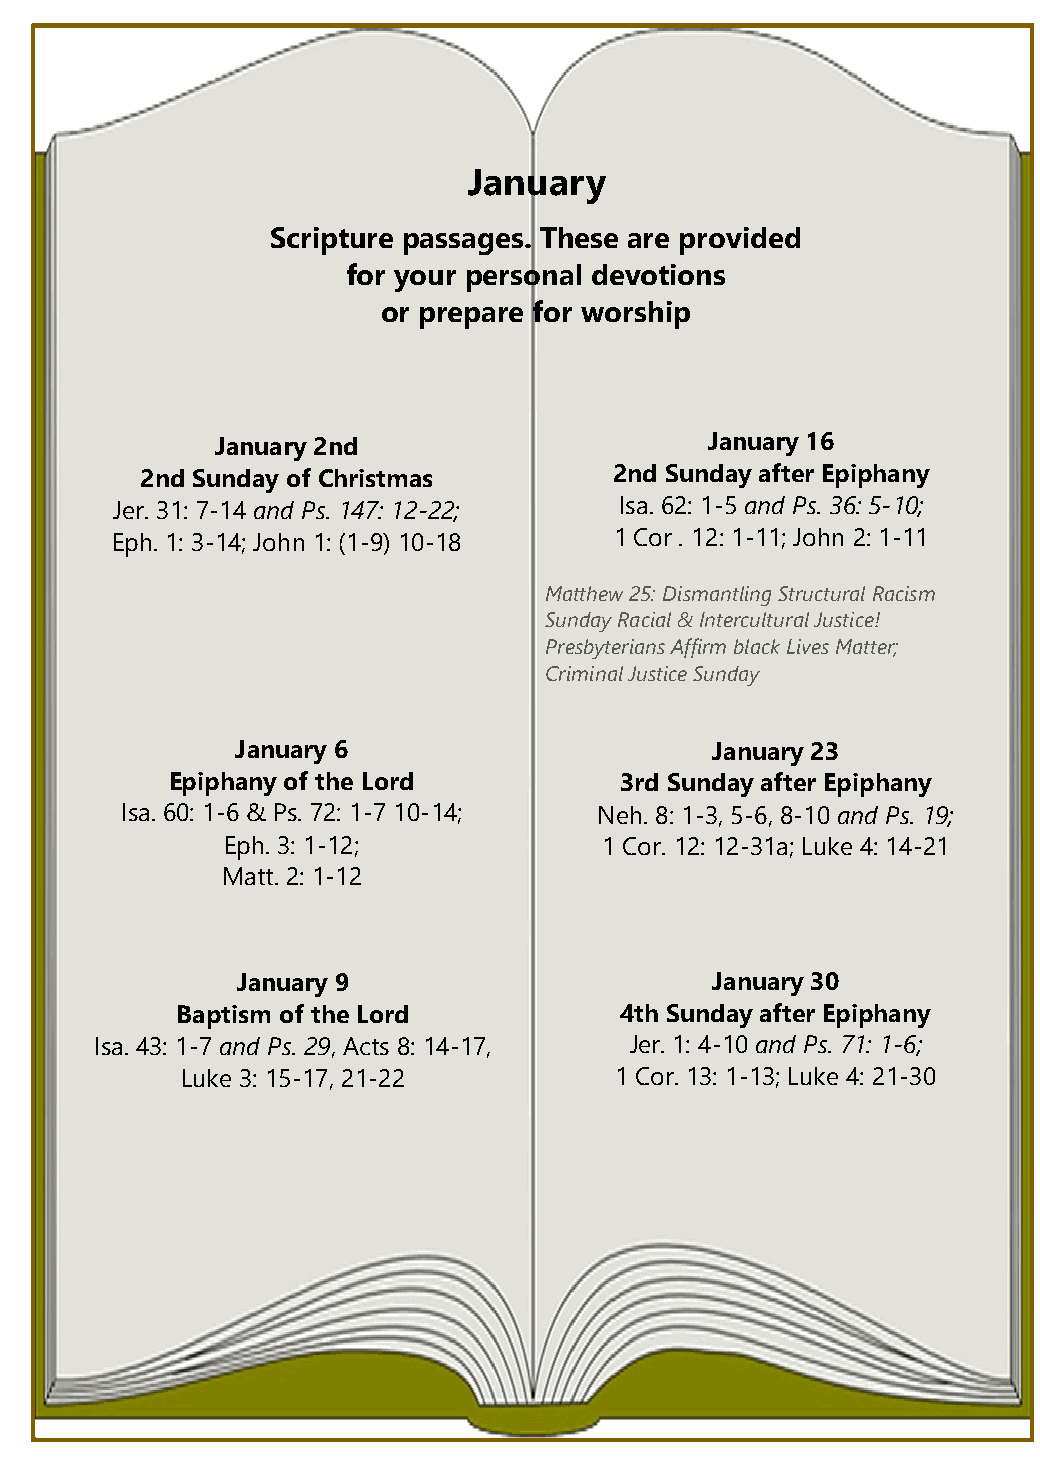
January
 Scripture passages. These are provided
 for your personal devotions
 or prepare for worship
 January 2nd                      January 16
 2nd Sunday of Christmas         2nd Sunday after Epiphany
 Jer. 31: 7-14 and Ps. 147: 12-22; Isa. 62: 1-5 and Ps. 36: 5-10;
 Eph. 1: 3-14; John 1: (1-9) 10-18 1 Cor . 12: 1-11; John 2: 1-11
 Matthew 25: Dismantling Structural Racism
 Sunday Racial & Intercultural Justice!
 Presbyterians Affirm black Lives Matter;
 Criminal Justice Sunday
 January 6                      January 23
 Epiphany of the Lord          3rd Sunday after Epiphany
 Isa. 60: 1-6 & Ps. 72: 1-7 10-14; Neh. 8: 1-3, 5-6, 8-10 and Ps. 19;
 Eph. 3: 1-12;            1 Cor. 12: 12-31a; Luke 4: 14-21
 Matt. 2: 1-12
 January 9                      January 30
 Baptism of the Lord          4th Sunday after Epiphany
 Isa. 43: 1-7 and Ps. 29, Acts 8: 14-17, Jer. 1: 4-10 and Ps. 71: 1-6;
 Luke 3: 15-17, 21-22         1 Cor. 13: 1-13; Luke 4: 21-30